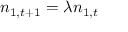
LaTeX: n _ { 1 , t + 1 } = \lambda n _ { 1 , t }